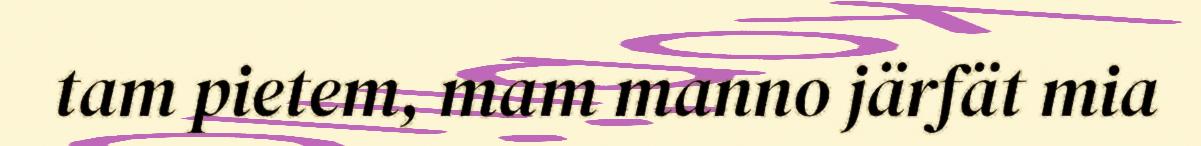
tam pietem, mam manno järfät mia